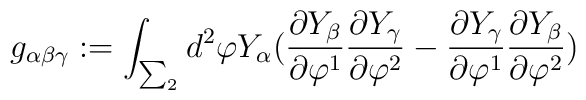
g_{\alpha \beta \gamma}:= \int _{\sum_{2}} d^{2}\varphi Y_{\alpha} (\frac {\partial Y_{\beta}} {\partial \varphi^{1}} \frac {\partial Y_{\gamma}} {\partial \varphi^{2}} - \frac {\partial Y_{\gamma}} {\partial \varphi^{1}}\frac {\partial Y_{\beta}} {\partial \varphi^{2}})